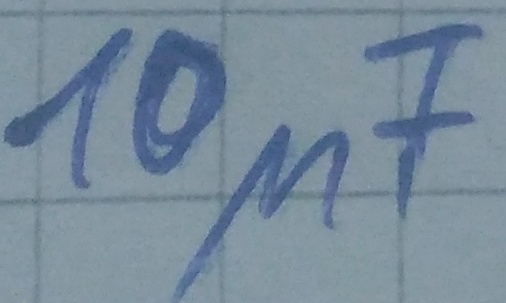
Text: 10µF